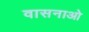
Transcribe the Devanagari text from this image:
वासनाओ